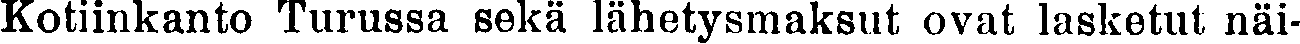
Kotiinkanto Turussa sekä lähetysmaksut ovat lasketut näi-